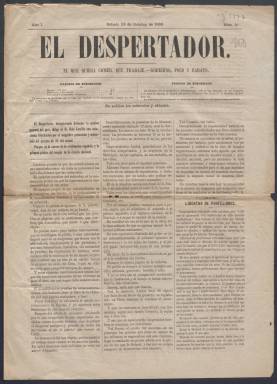
Título: El Despertador (Madrid)
Colección: Periódicos
Ámbito geográfico: Madrid
Lugar de publicación: Madrid
Fechas: 24/10/1868-11/11/1868